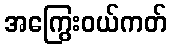
အကြွေးဝယ်ကတ်